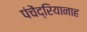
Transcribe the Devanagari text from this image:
पंचेंद्रियानाह